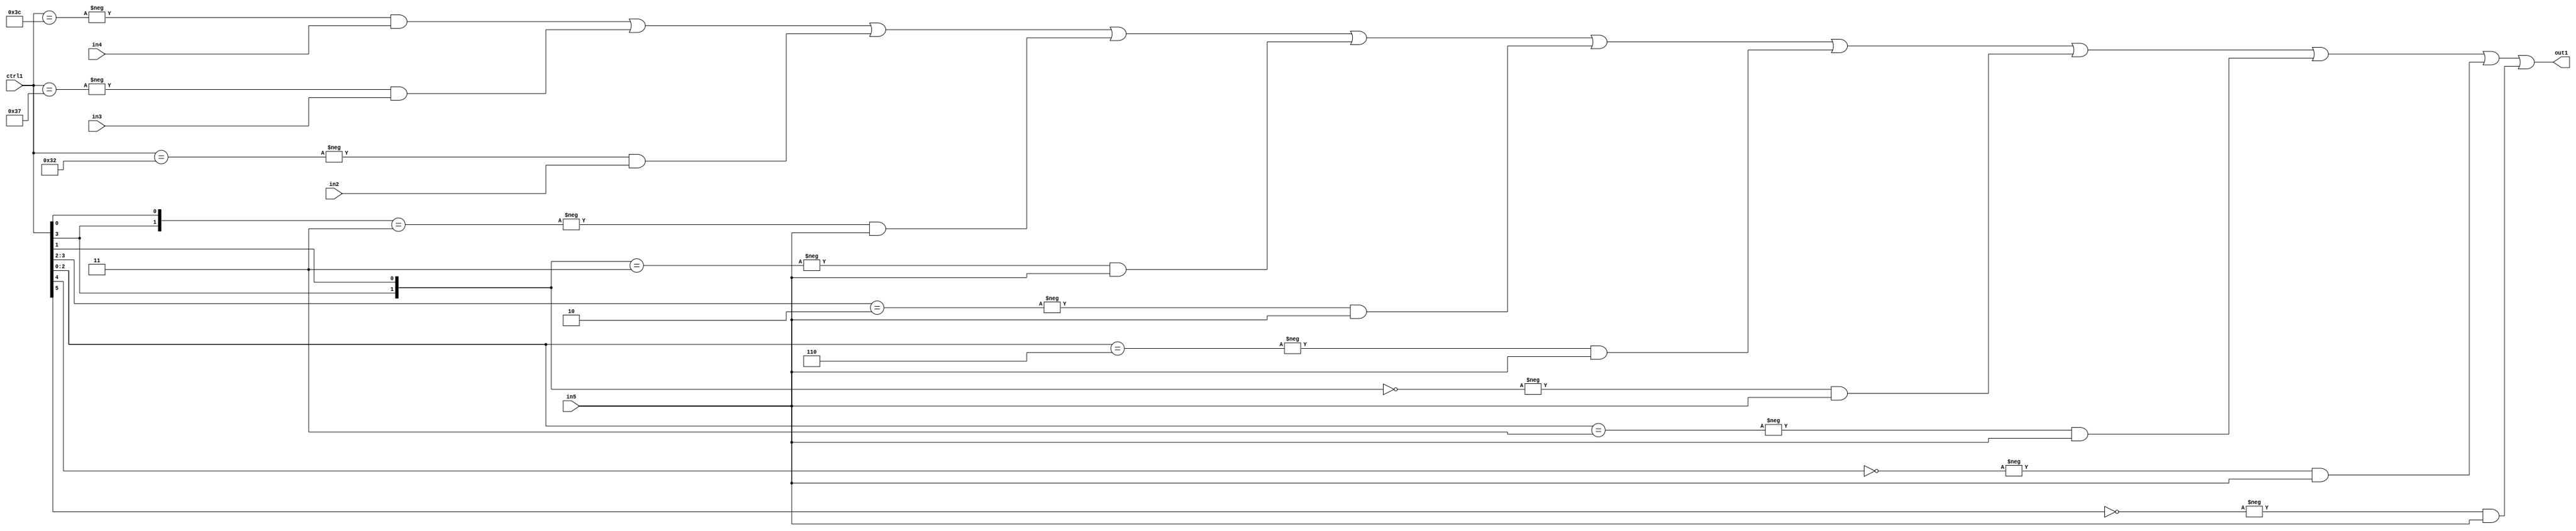
`timescale 1ps / 1ps
/*****************************************************************************
    Verilog RTL Description
    
    
    Created by: Stratus DpOpt 21.05.01 
*******************************************************************************/

module SobelFilter_N_Mux_32_4_44_4 (
	in5,
	in4,
	in3,
	in2,
	ctrl1,
	out1
	); /* architecture "behavioural" */ 
input [31:0] in5;
input [8:0] in4,
	in3,
	in2;
input [5:0] ctrl1;
output [31:0] out1;
wire [31:0] asc001;

assign asc001 = 
	-{ctrl1 == 6'B111100} & in4 |
	-{ctrl1 == 6'B110111} & in3 |
	-{ctrl1 == 6'B110010} & in2 |
	-{{ctrl1[3], ctrl1[0]} == 2'B11} & in5 |
	-{{ctrl1[3], ctrl1[1]} == 2'B11} & in5 |
	-{ctrl1[3:2] == 2'B10} & in5 |
	-{ctrl1[2:0] == 3'B110} & in5 |
	-{{ctrl1[3], ctrl1[1]} == 2'B00} & in5 |
	-{ctrl1[2:0] == 3'B011} & in5 |
	-{ctrl1[4] == 1'B0} & in5 |
	-{ctrl1[5] == 1'B0} & in5 ;

assign out1 = asc001;
endmodule

/* CADENCE  vbHwTgg= : u9/ySxbfrwZIxEzHVQQV8Q== ** DO NOT EDIT THIS LINE ******/